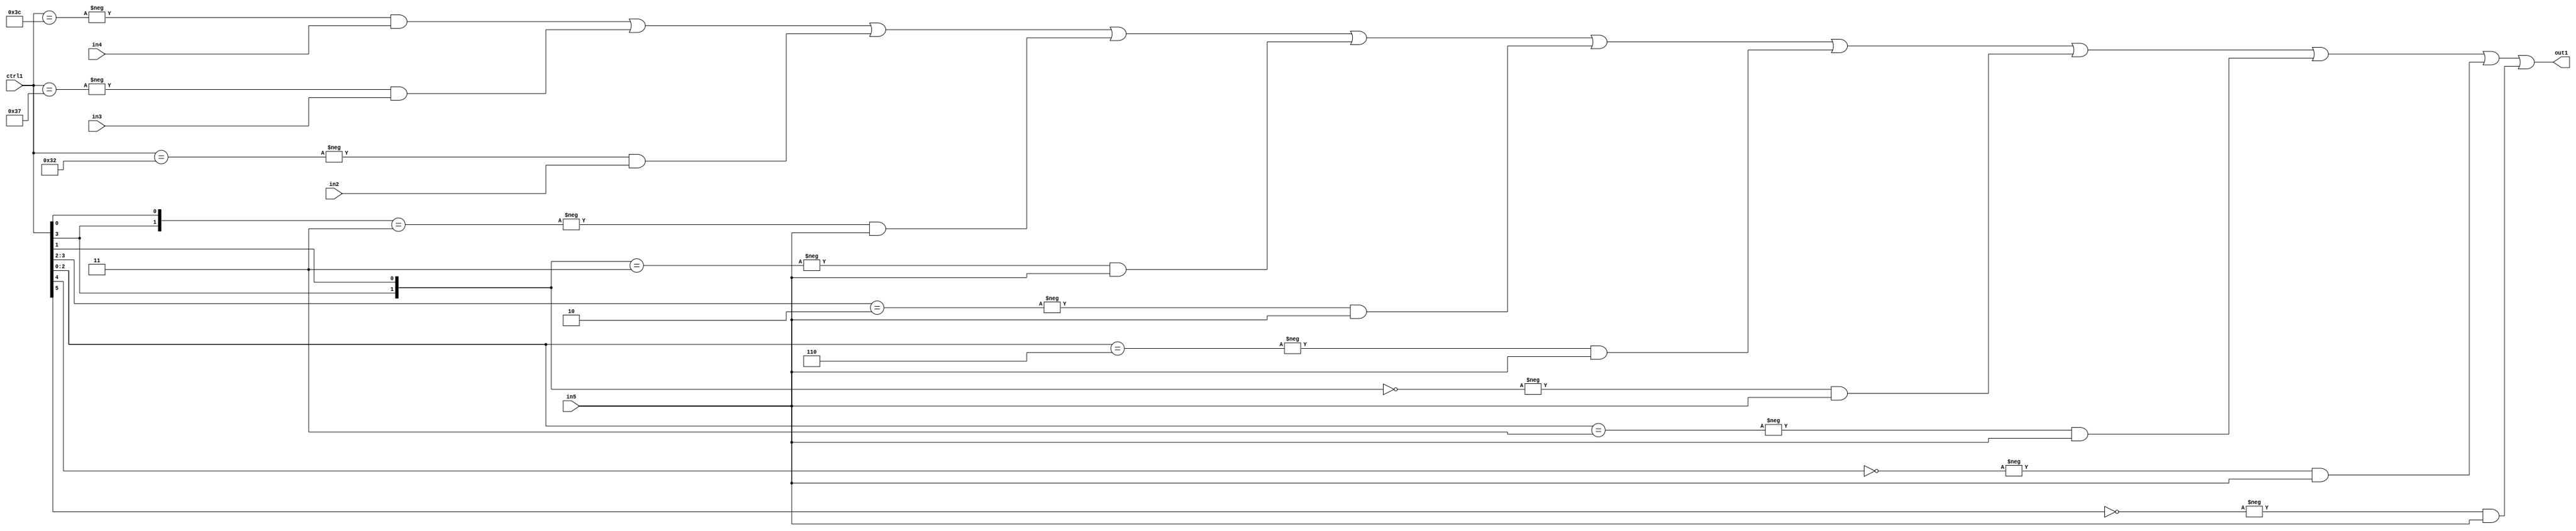
`timescale 1ps / 1ps
/*****************************************************************************
    Verilog RTL Description
    
    
    Created by: Stratus DpOpt 21.05.01 
*******************************************************************************/

module SobelFilter_N_Mux_32_4_44_4 (
	in5,
	in4,
	in3,
	in2,
	ctrl1,
	out1
	); /* architecture "behavioural" */ 
input [31:0] in5;
input [8:0] in4,
	in3,
	in2;
input [5:0] ctrl1;
output [31:0] out1;
wire [31:0] asc001;

assign asc001 = 
	-{ctrl1 == 6'B111100} & in4 |
	-{ctrl1 == 6'B110111} & in3 |
	-{ctrl1 == 6'B110010} & in2 |
	-{{ctrl1[3], ctrl1[0]} == 2'B11} & in5 |
	-{{ctrl1[3], ctrl1[1]} == 2'B11} & in5 |
	-{ctrl1[3:2] == 2'B10} & in5 |
	-{ctrl1[2:0] == 3'B110} & in5 |
	-{{ctrl1[3], ctrl1[1]} == 2'B00} & in5 |
	-{ctrl1[2:0] == 3'B011} & in5 |
	-{ctrl1[4] == 1'B0} & in5 |
	-{ctrl1[5] == 1'B0} & in5 ;

assign out1 = asc001;
endmodule

/* CADENCE  vbHwTgg= : u9/ySxbfrwZIxEzHVQQV8Q== ** DO NOT EDIT THIS LINE ******/